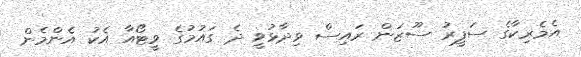
އެމެރިކާގެ ސަފީރު ސޫޒަން ރައިސް ވިދާޅުވީ ދެ ގައުމުގެ ވީޓޯއާ އެކު އެންމެން